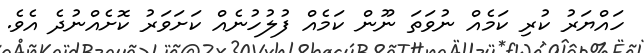
ހައްޔަރު ކުރި ކަމެއް ނުވަތަ ނޫން ކަމެއް ފުލުހުނެއް ކަށަވަރު ކޮށެއްނުދެ އެވެ.